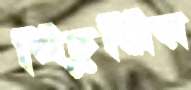
খিঁচুনির